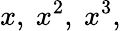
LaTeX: x,\ x^{2},\ x^{3},